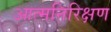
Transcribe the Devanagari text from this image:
आत्मनिरिक्षण